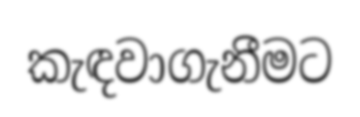
කැඳවාගැනීමට